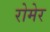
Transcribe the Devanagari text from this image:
रोमेर